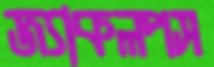
জ্যাকলপস